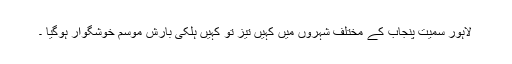
لاہور سمیت پنجاب کے مختلف شہروں میں کہیں تیز تو کہیں ہلکی بارش موسم خوشگوار ہوگیا ۔